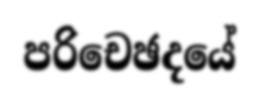
පරිචෙඡදයේ